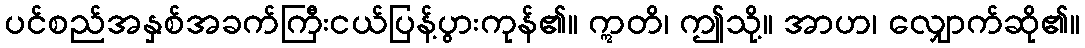
ပင်စည်အနှစ်အခက်ကြီးငယ်ပြန့်ပွားကုန်၏။ ဣတိ၊ ဤသို့။ အာဟ၊ လျှောက်ဆို၏။